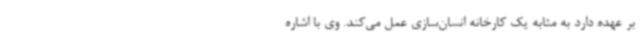
بر عهده دارد به مثابه یک کارخانه انسان‌سازی عمل می‌کند. وی با اشاره